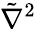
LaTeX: {\tilde{\nabla}}^{2}